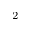
^ 2